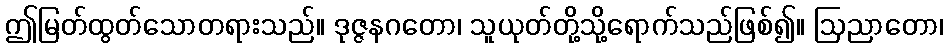
ဤမြတ်ထွတ်သောတရားသည်။ ဒုဇ္ဇနဂတော၊ သူယုတ်တို့သို့ရောက်သည်ဖြစ်၍။ ဩညာတော၊